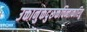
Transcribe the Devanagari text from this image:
उक्तानुक्तदुरूक्तचिन्ताकारितु